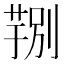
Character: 𮐆